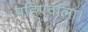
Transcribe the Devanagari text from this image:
पहिएवाला।